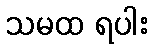
သမထ ရပါး